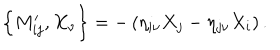
LaTeX: \left\{ M _ { i j } ^ { \prime } , X _ { \nu } \right\} = - \left( \eta _ { i \nu } X _ { j } - \eta _ { j \nu } X _ { i } \right) .